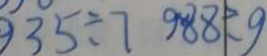
3 5 \div 7 9 8 8 \div 9